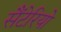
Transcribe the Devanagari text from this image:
सैंटेरियो